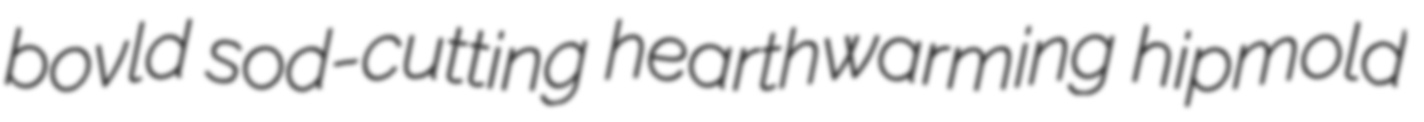
bovld sod-cutting hearthwarming hipmold